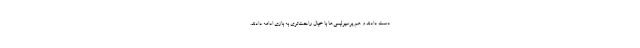
دست دادند و هم پرسپولیسی‌ها با خیال راحت‌تری به بازی ادامه دادند.